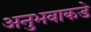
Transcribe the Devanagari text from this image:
अनुभवाकडे